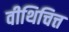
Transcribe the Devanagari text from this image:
वीथिचित्त